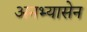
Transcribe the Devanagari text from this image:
अनभ्यासेन